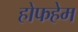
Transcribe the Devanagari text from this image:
होफहेम